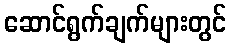
ဆောင်ရွက်ချက်များတွင်